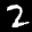
Label: 2